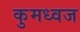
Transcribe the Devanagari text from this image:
कुमध्वज